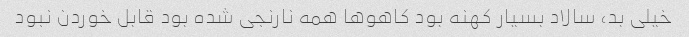
خیلی بد، سالاد بسیار کهنه بود کاهو‌ها همه نارنجی شده بود قابل خوردن نبود